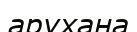
арухана